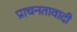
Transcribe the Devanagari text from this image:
प्राचनतावादी